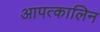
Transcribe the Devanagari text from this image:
आपत्कालिन